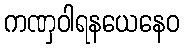
ကဏှဝါရနယေနေဝ